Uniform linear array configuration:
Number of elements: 4
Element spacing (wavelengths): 0.5
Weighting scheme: hann
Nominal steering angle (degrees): -15
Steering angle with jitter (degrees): -15.128
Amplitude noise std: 0.05
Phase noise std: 0.05

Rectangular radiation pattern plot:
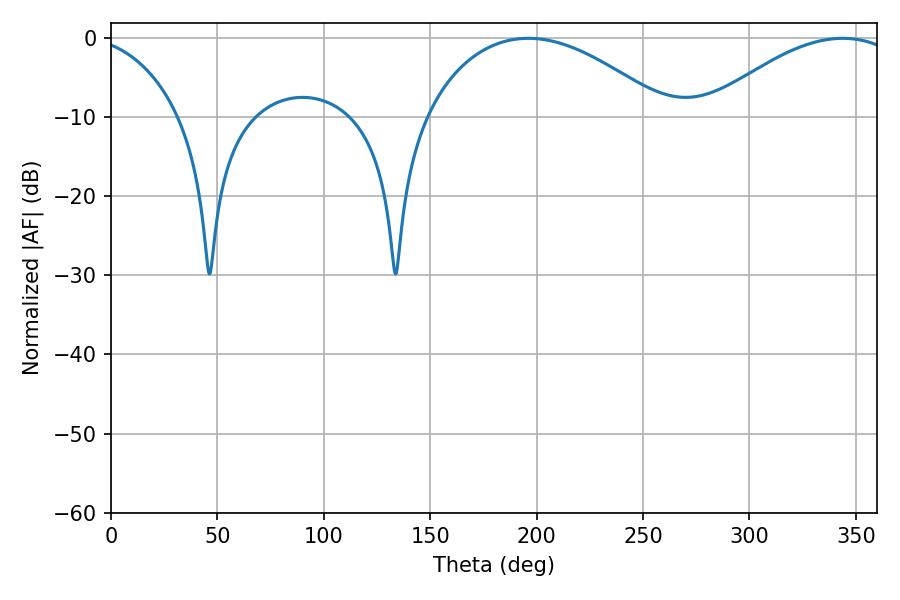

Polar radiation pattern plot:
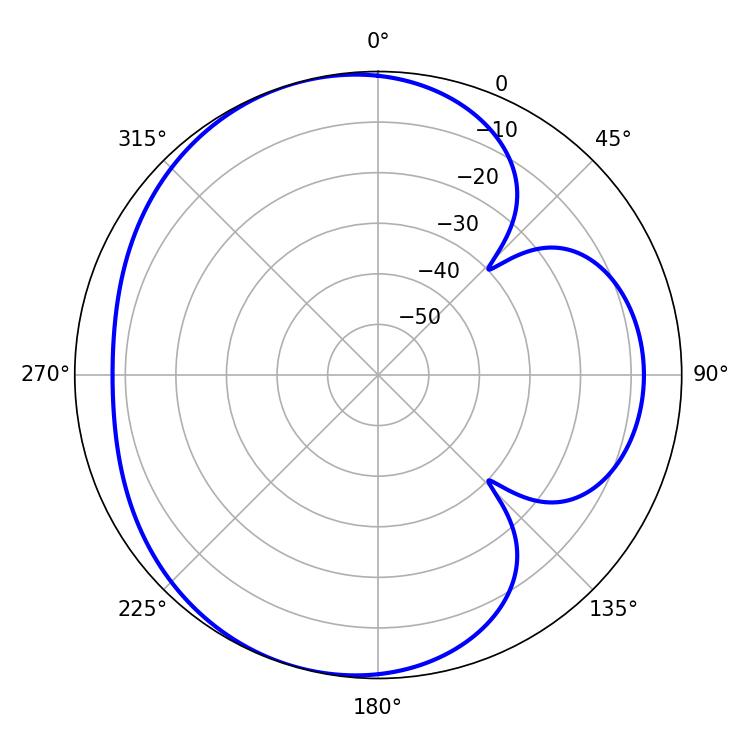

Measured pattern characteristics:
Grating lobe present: FALSE
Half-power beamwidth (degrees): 63.72
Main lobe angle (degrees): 196.02